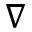
\nabla